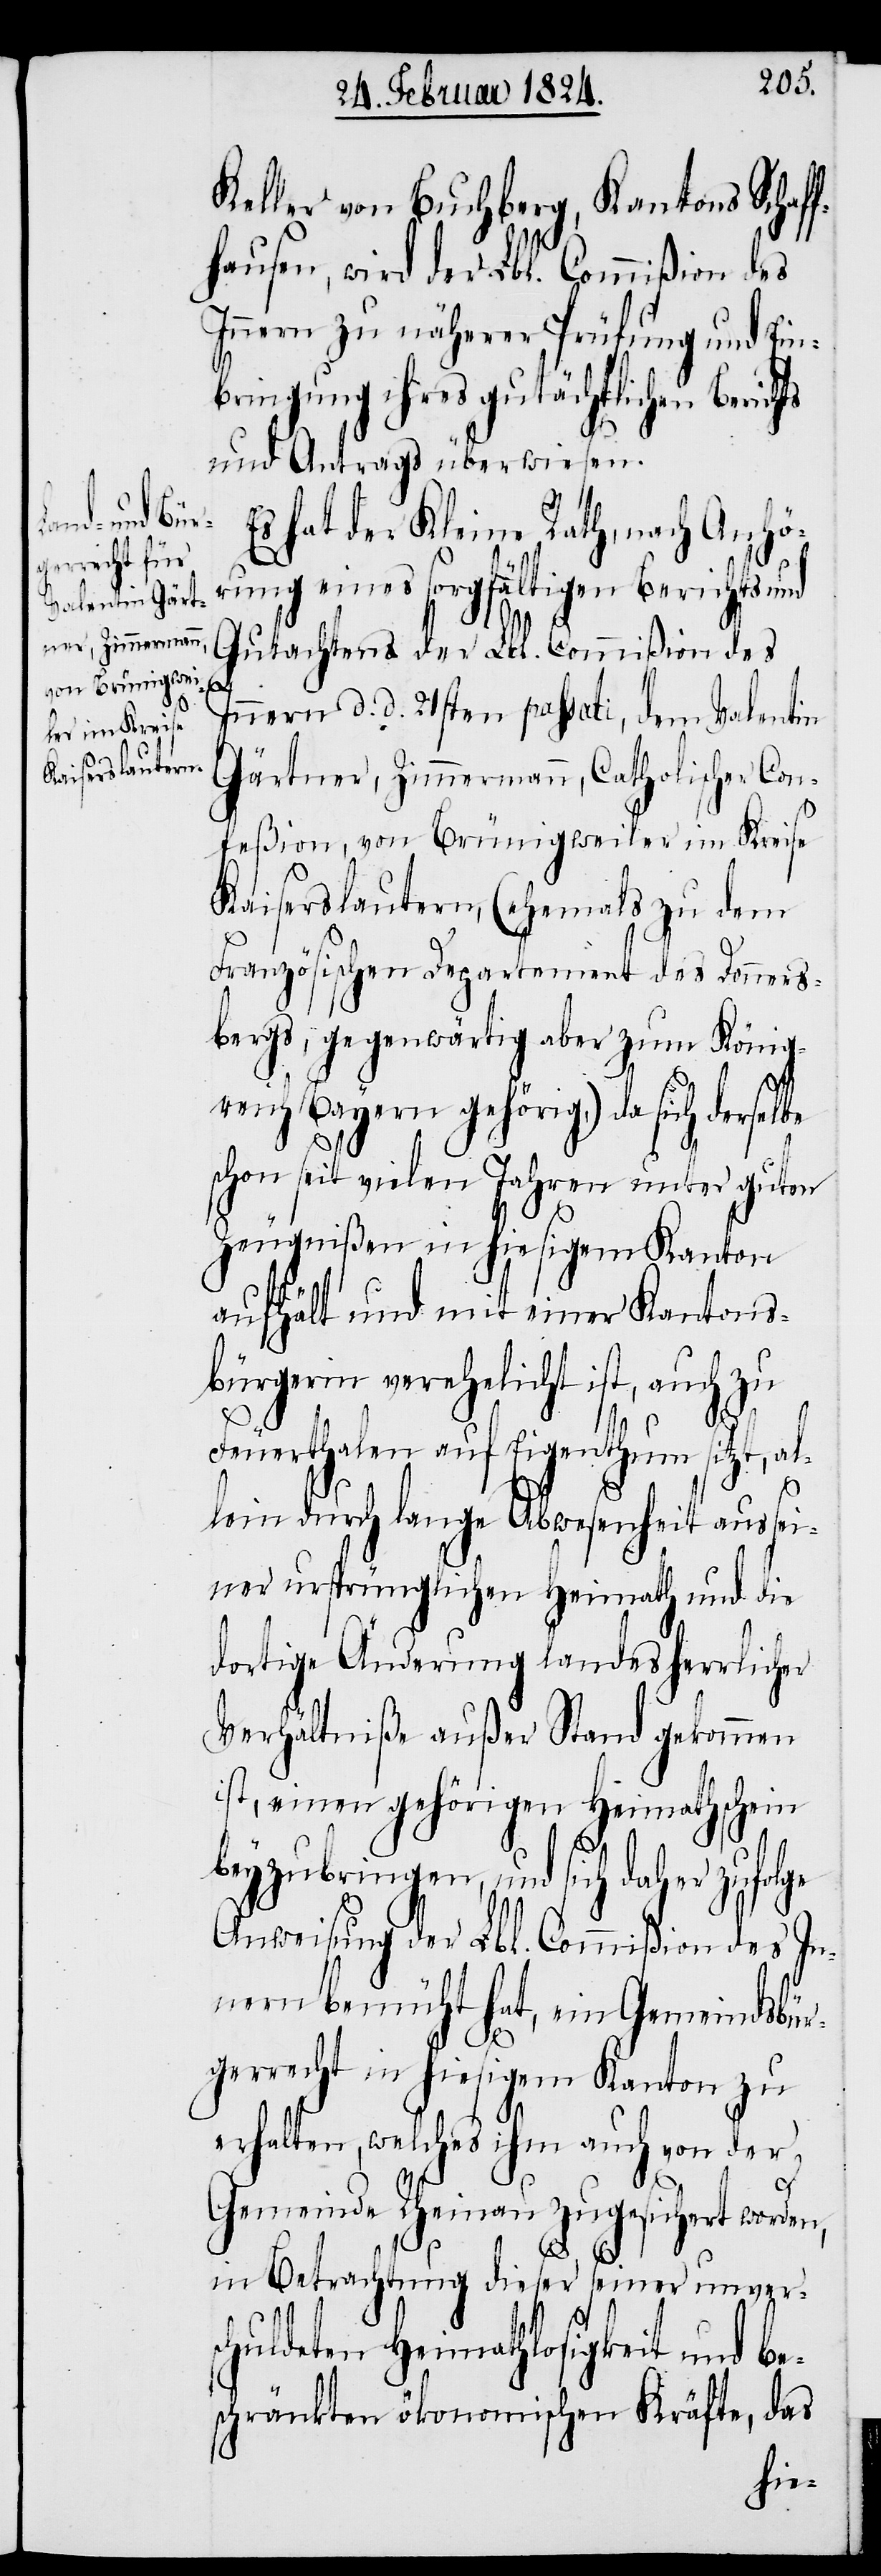
Keller von Buchberg, Kantons Schaf¬
fhausen, wird der Lbl. Commißion des
Innern zu näherer Prüfung und Ein¬
bringung ihres gutächtlichen Berich¬
und Antrags überwiesen.
Es hat der Kleine Rath, nach Anhö¬
rung eines sorgfältigen Berichts und
Gutachtens der Lbl. Commißion des
be
Innern d. d. 21sten passati, dem Valentin
Gärtner, Zimmermann, Catholischer Con¬
feßion, von Brünigweiler im Kreise
Kaiserslautern (ehemals zu dem
Französischen Departement des Donners¬
bergs, gegenwärtig aber zum König¬
reich Bayern gehörig), da sich dersel¬
schon seit vielen Jahren unter guten
Zeugnißen in hiesigem Kanton
aufhält und mit einer Kantons¬
bürgerin verehelicht ist, auch zu
ts
Feuerthalen auf Eigenthum sitzt, al¬
lein durch lange Abwesenheit aus sei¬
ner ursprünglichen Heimath und die
dortige Änderung landesherrlicher
Verhältniße außer Stand gekommen
ist, einen gehörigen Heimathschein
beyzubringen, und sich daher
Anweisung der Lbl. Commißion des In¬
nern bemüht hat, ein Gemeindsbür¬
gerrecht in hiesigem Kanton zu
erhalten, welches ihm auch von der
Gemeinde Rheinau zugesichert worden,
in Betrachtung dieser seiner unvers¬
chuldeten Heimathlosigkeit und be¬
schränkten ökonomischen Kräfte, das